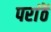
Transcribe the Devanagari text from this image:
परांठें